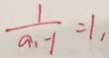
\frac { 1 } { a _ { 1 } - 1 } = 1 ,